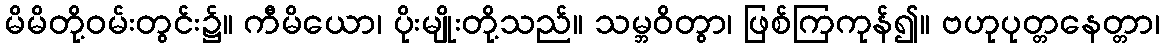
မိမိတို့ဝမ်းတွင်း၌။ ကီမိယော၊ ပိုးမျိုးတို့သည်။ သမ္ဘဝိတွာ၊ ဖြစ်ကြကုန်၍။ ဗဟုပုတ္တနေတ္တာ၊